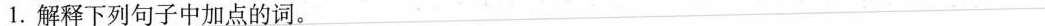
1.解释下列句子中加点的词。___